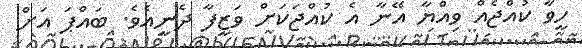
ހީވާ ކުއްޖެއް ވިއްޔާ އޭނާ އެ ކުއްޖަކަށް ވަޒީފާ ދެނީއެވެ. ބައްޕަ އަށް